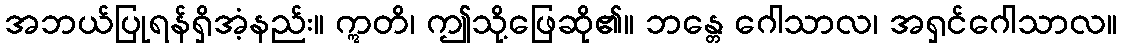
အဘယ်ပြုရန်ရှိအံ့နည်း။ ဣတိ၊ ဤသို့ဖြေဆို၏။ ဘန္တေ ဂေါသာလ၊ အရှင်ဂေါသာလ။